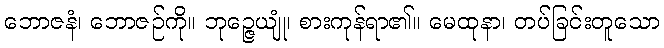
ဘောဇနံ၊ ဘောဇဉ်ကို။ ဘုဉ္ဇေယျုံ၊ စားကုန်ရာ၏။ မေထုနာ၊ တပ်ခြင်းတူသော